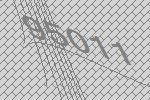
95011